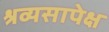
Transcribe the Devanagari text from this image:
श्रव्यसापेक्ष